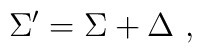
\Sigma^{\prime} = \Sigma + \Delta  \ ,